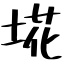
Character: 埖